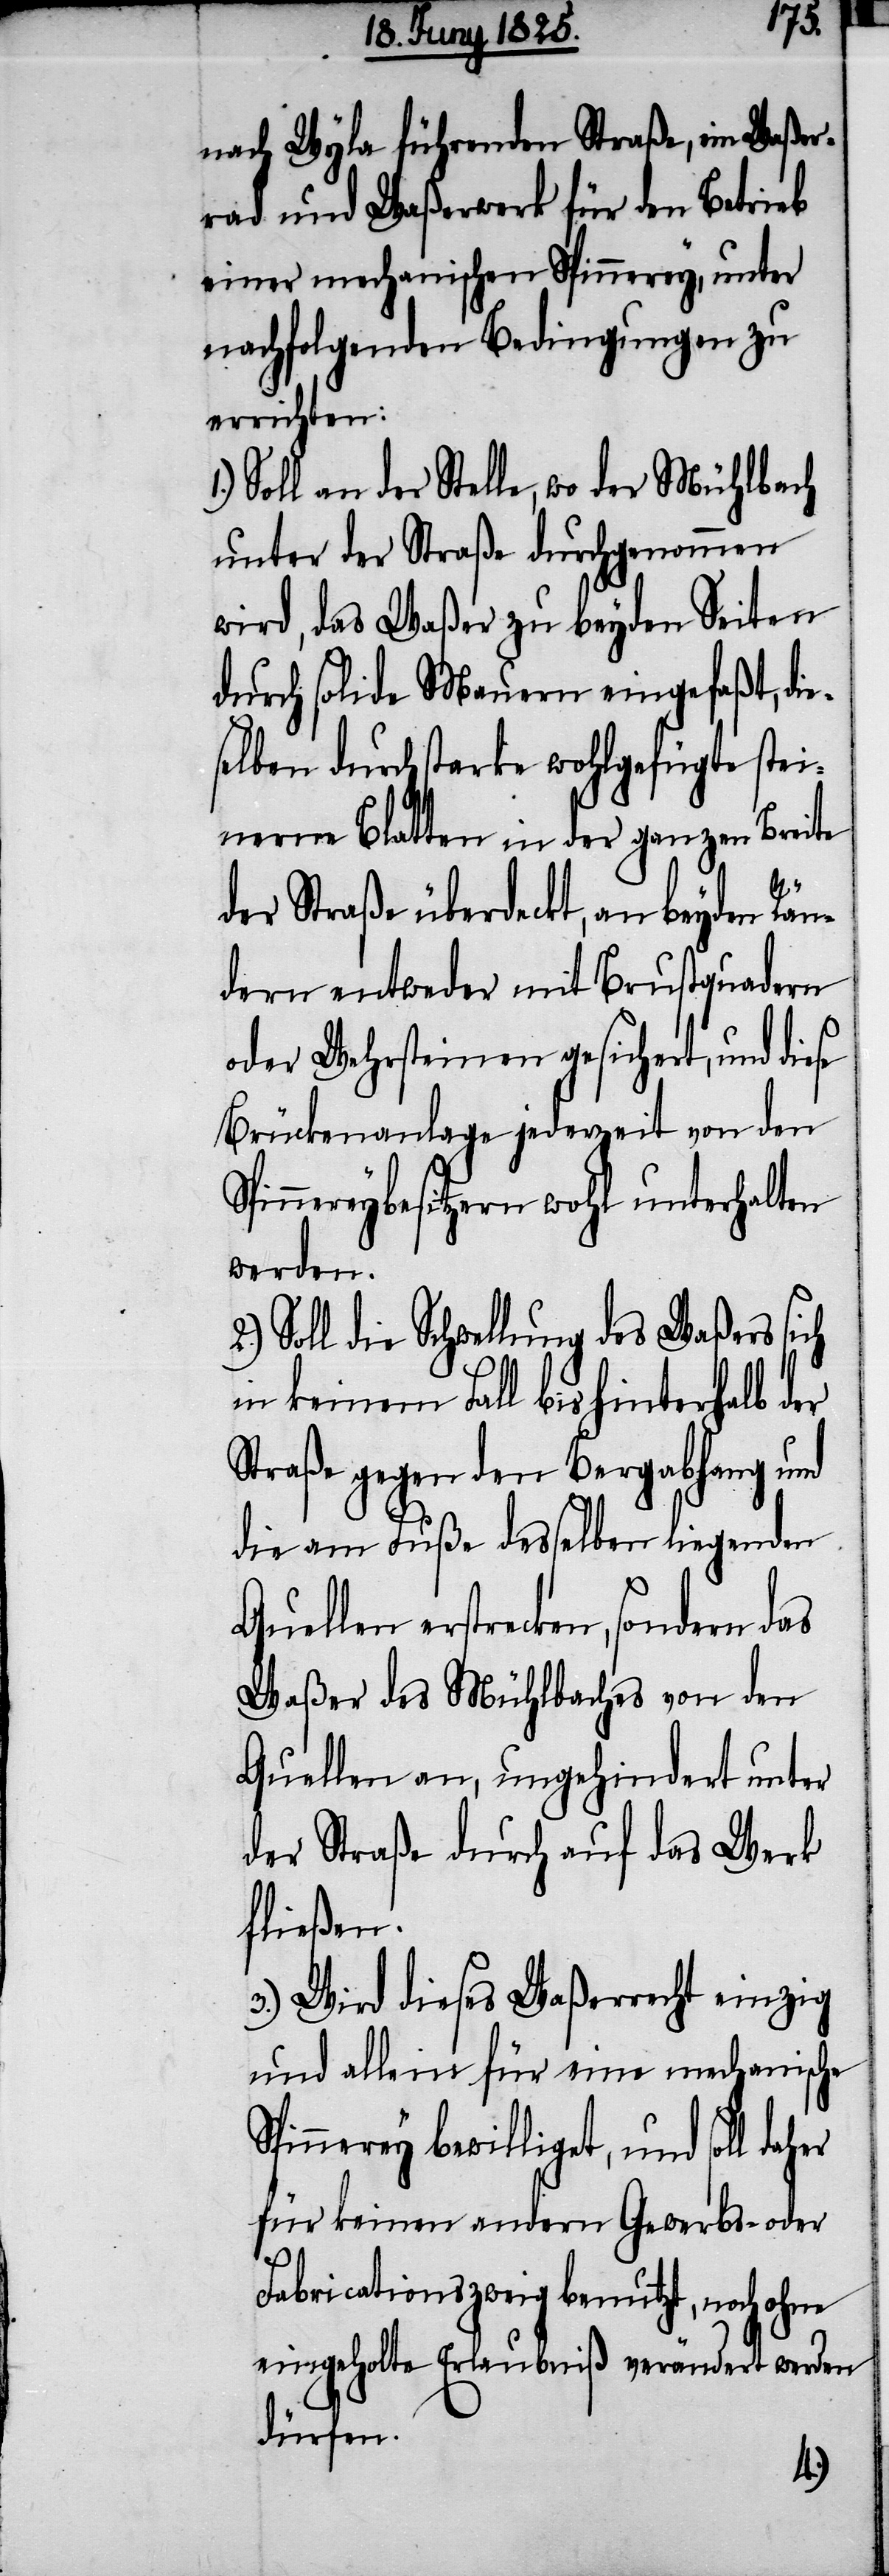
nach Wyla führenden Straße, ein Waßer¬
rad und Waßerwerk für den Betrieb
einer mechanischen Spinnerey, unter
nachfolgenden Bedingungen zu
errichten:
Soll an der Stelle, wo der Mühlbach
unter der Straße durchgenommen
wird, das Waßer zu beyden Seiten
durch solide Mauern eingefaßt, di¬
eselben durch starke wohlgefügte stei¬
nerne Blatten in der ganzen Breite
der Straße überdeckt, an beyden Rän¬
dern entweder mit Brustquadern
oder Wehrsteinen gesichert, und diese
Brückenanlage jederzeit von den
Spinnereybesitzern wohl unterhalten
werden.
Soll die Schwellung des Waßers sich
in keinem Fall bis hinterhalb der
Straße gegen den Bergabhang und
die am Fuße desselben liegenden
Quellen erstrecken, sondern das
Waßer des Mühlbaches von den
Quellen an, ungehindert unter
der Straße durch auf das Werk
fließen.
3.) Wird dieses Waßerrecht einzig
und allein für eine mechanische
Spinnerey bewilligt, und soll
für keinen andern Gewerbs- oder
Fabricationszweig benutzt, noch ohne
eingeholte Erlaubniß verändert werden
dürfen.
2.)